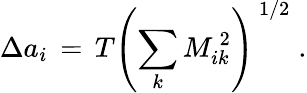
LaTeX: \Delta a_{i}\, =\, T\left(\sum_{k}M_{ik}^{\, 2}\right)^{\, 1/2}\; .